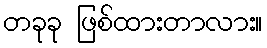
တခုခု ဖြစ်ထားတာလား။